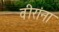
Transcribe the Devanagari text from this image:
वीरांना